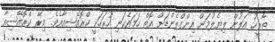
ތާރީހު އަލުން ލިޔެލުމަށް އިންގްލެންޑަށް އޮތް ހަމައެކަނި ހުރަހަކީ ކްރޮއޭޝިއާއެވެ. މިރޭ ކްރޮއޭޝިއާ